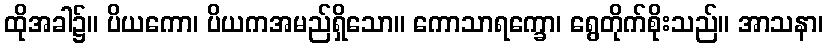
ထိုအခါ၌။ ပိယကော၊ ပိယကအမည်ရှိသော။ ကောသာရက္ခော၊ ရွေတိုက်စိုးသည်။ အာသနာ၊